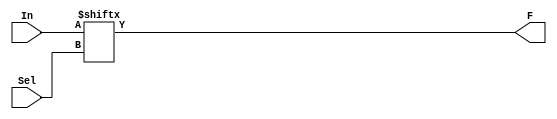
//design
module mux2to1 (input [1:0] In, input Sel, output F);
  assign F = In[Sel];
endmodule


//testbench
module mux2to1_test;
  reg [1:0] In;
  reg Sel;
  wire F;
  integer i; 
  
  mux2to1 M(In, Sel, F);
  
  initial
    begin
      $dumpfile("dump.vcd"); $dumpvars;
      $monitor("Sel In[1] In[0]		F");
      for (i = 0; i < 8; i = i + 1)
      	begin
          #5 {Sel, In[1], In[0]} = i;
          $monitor(" %d    %d     %d      |	%d", Sel, In[1], In[0], F);
      	end
  	end
endmodule